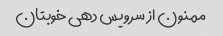
ممنون از سرویس دهی خوبتان